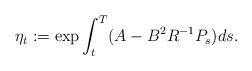
LaTeX: \begin{align*} \eta_t:=\exp\int_t^T(A-B^2R^{-1}P_s)ds.\end{align*}